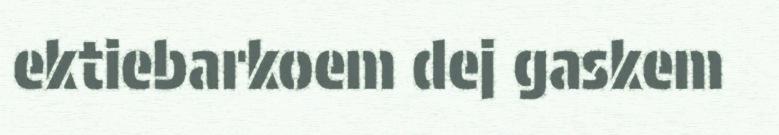
ektiebarkoem dej gaskem